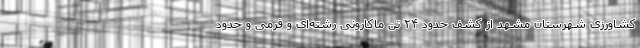
کشاورزی شهرستان مشهد از کشف حدود ۲۴ تن ماکارونی رشته‌ای و فرمی و حدود